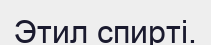
Этил спирті.